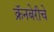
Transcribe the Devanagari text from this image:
क्रॅनबेरीचे